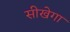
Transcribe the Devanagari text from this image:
सीखेगा